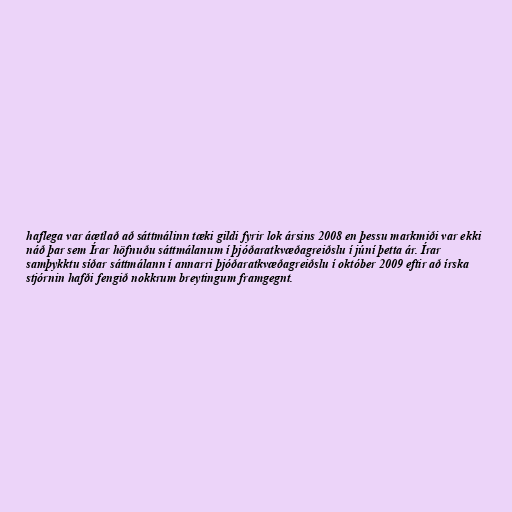
haflega var áætlað að sáttmálinn tæki gildi fyrir lok ársins 2008 en þessu markmiði var ekki
náð þar sem Írar höfnuðu sáttmálanum í þjóðaratkvæðagreiðslu í júní þetta ár. Írar
samþykktu síðar sáttmálann í annarri þjóðaratkvæðagreiðslu í október 2009 eftir að írska
stjórnin hafði fengið nokkrum breytingum framgegnt.